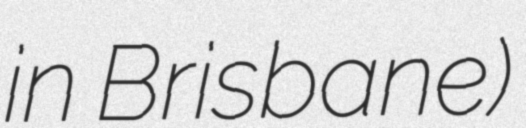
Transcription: in Brisbane)